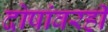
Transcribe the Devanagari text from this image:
दोषांवरही